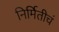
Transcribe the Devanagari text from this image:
निर्मितीचं